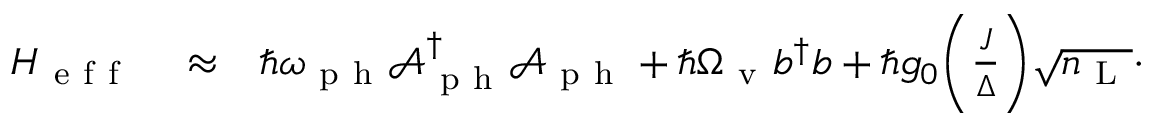
\begin{array} { r l r } { H _ { \mathrm { ~ e ~ f ~ f ~ } } } & { { } \approx } & { \hbar \omega _ { \mathrm { ~ p ~ h ~ } } \mathcal { A } _ { \mathrm { ~ p ~ h ~ } } ^ { \dagger } \mathcal { A } _ { \mathrm { ~ p ~ h ~ } } + \hbar \Omega _ { \mathrm { ~ v ~ } } b ^ { \dagger } b + \hbar g _ { 0 } \bigg ( \frac { J } { \Delta } \bigg ) \sqrt { n _ { \mathrm { ~ L ~ } } } \cdot } \end{array}